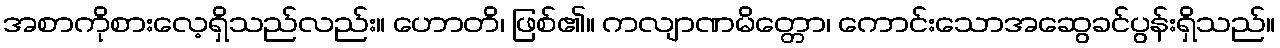
အစာကိုစားလေ့ရှိသည်လည်း။ ဟောတိ၊ ဖြစ်၏။ ကလျာဏမိတ္တော၊ ကောင်းသောအဆွေခင်ပွန်းရှိသည်။